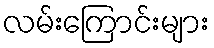
လမ်းကြောင်းများ